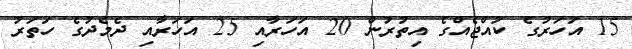
15 އަހަރުގެ ކުއްޖެއްގެ އިތުރުން 20 އަހަރާއި 25 އަހަރާއި ދެމެދުގެ ހަތަރު